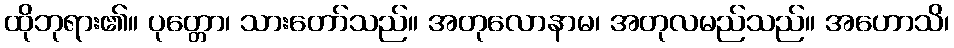
ထိုဘုရား၏။ ပုတ္တော၊ သားတော်သည်။ အတုလောနာမ၊ အတုလမည်သည်။ အဟောသိ၊